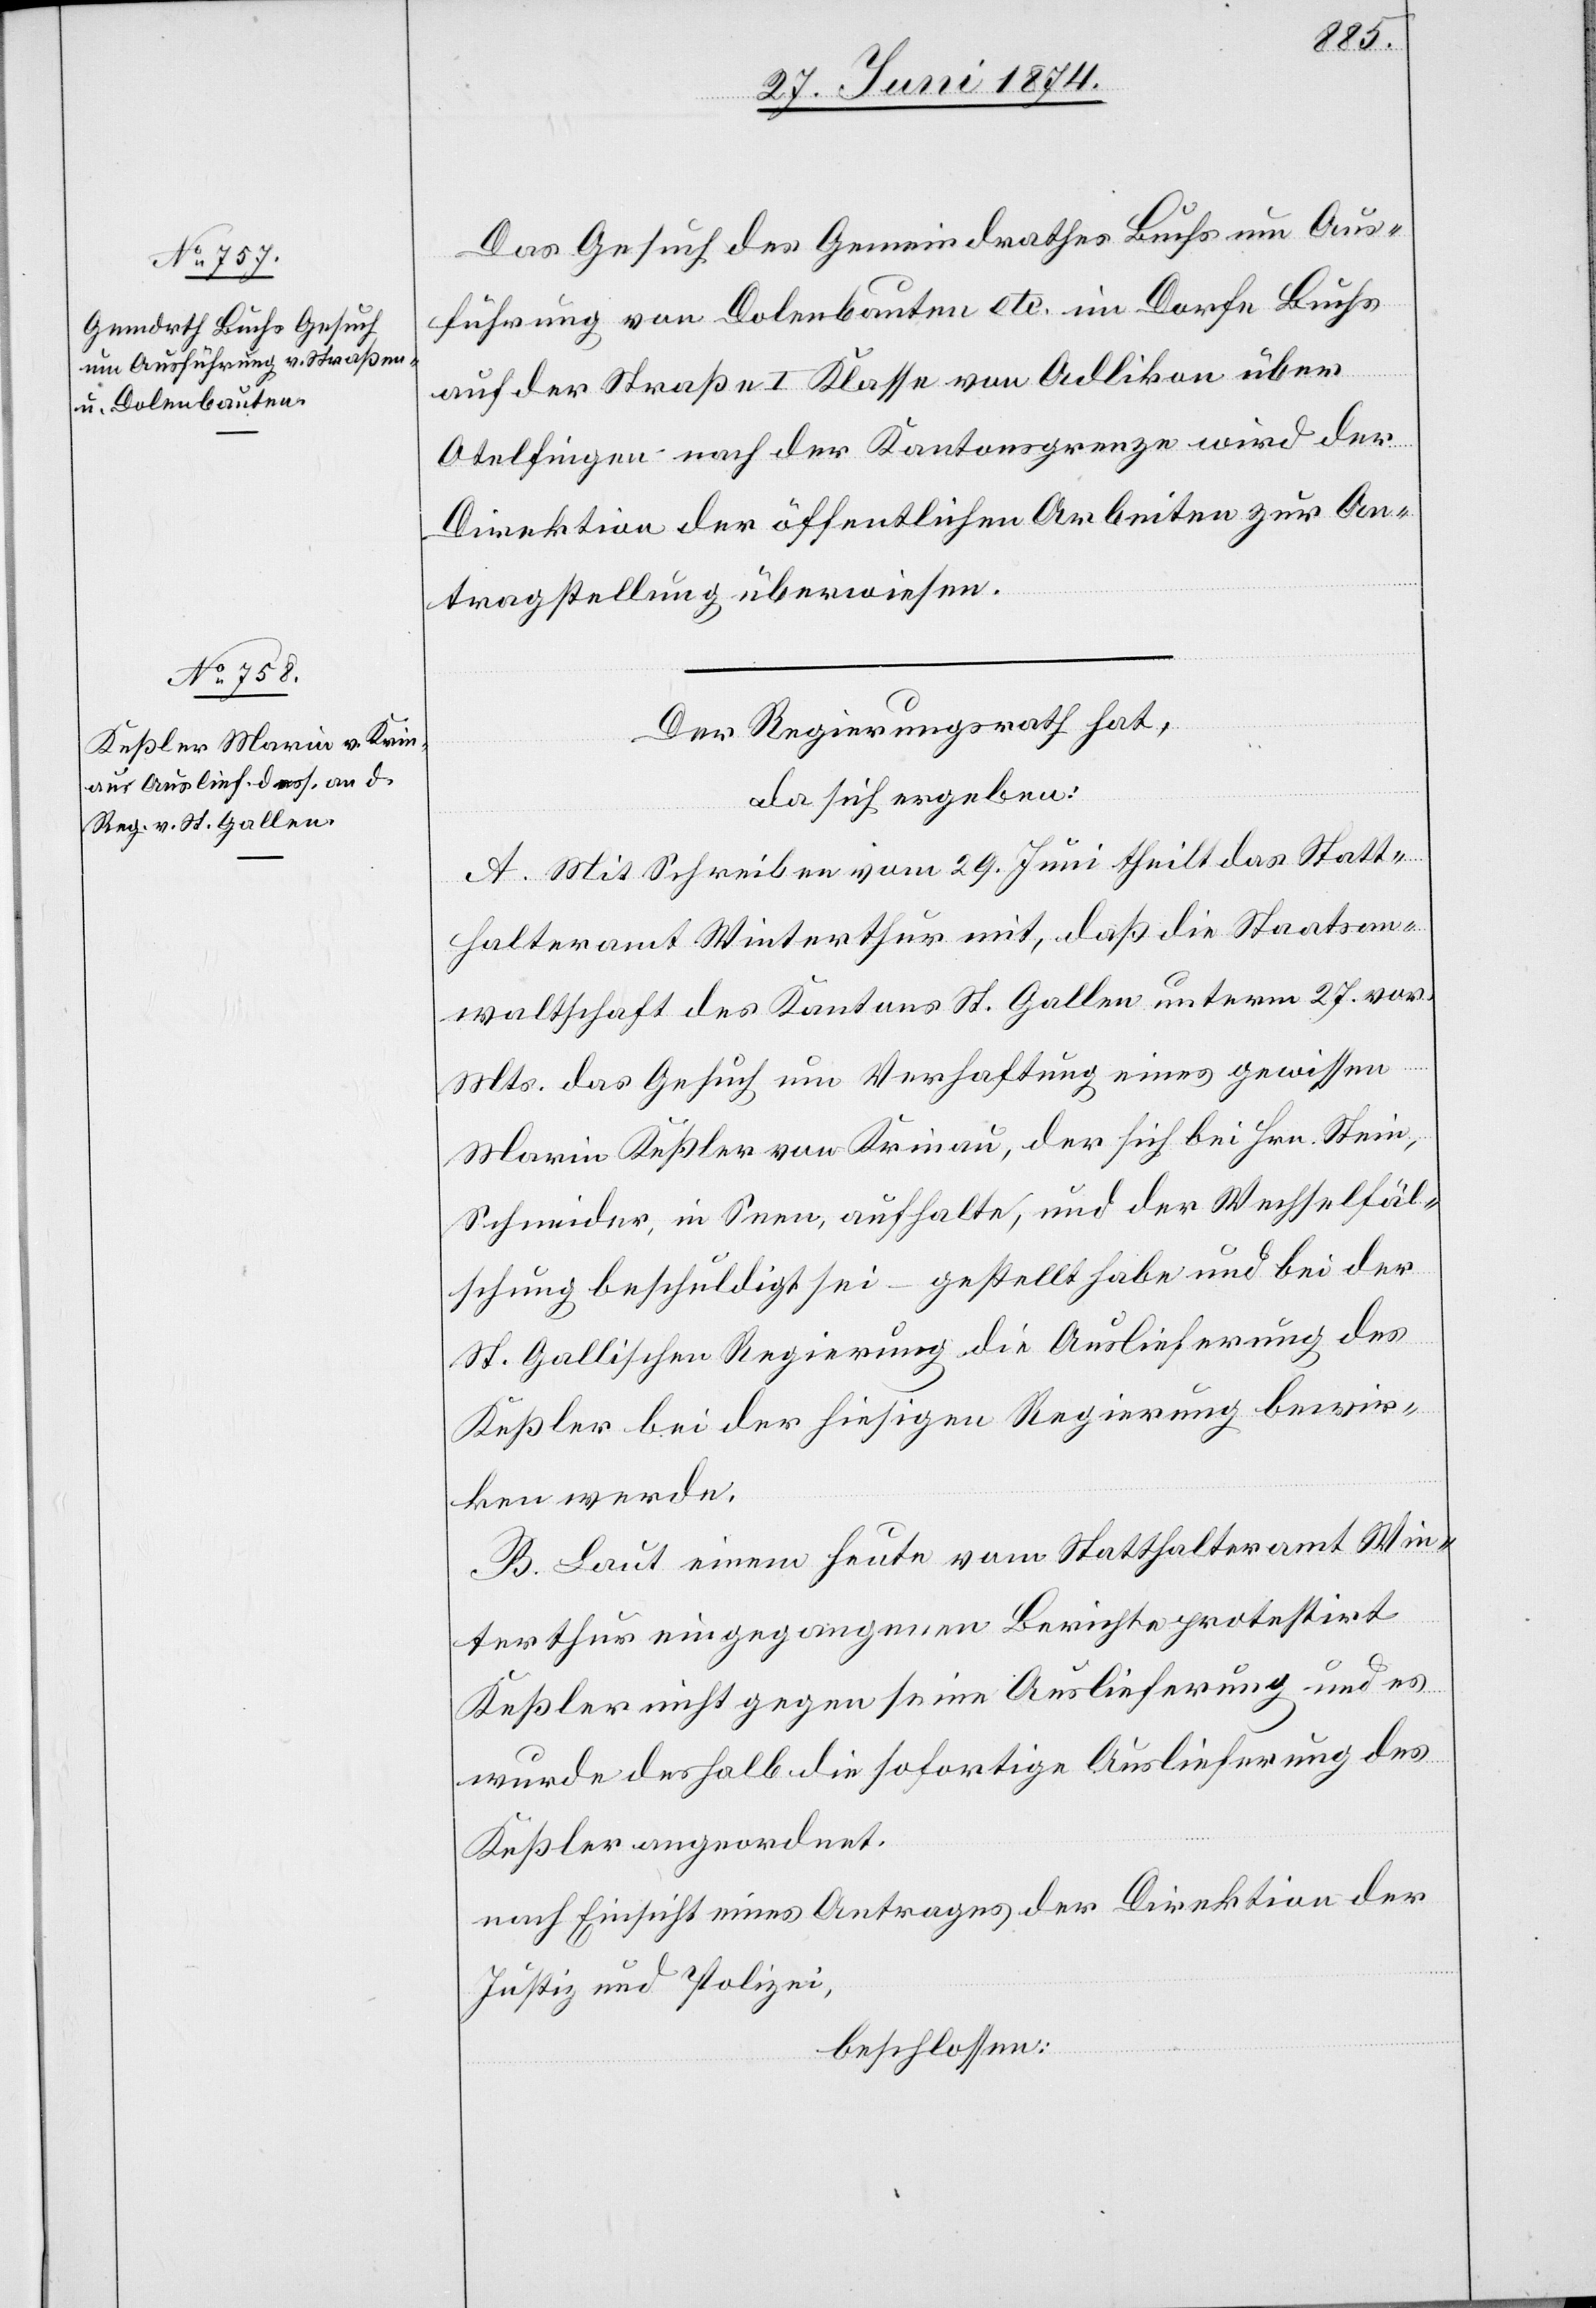
2. Juli 1874.]
Das Gesuch des Gemeindrathes Buchs um Aus¬
führung von Dolenbauten etc. im Dorfe Buchs
auf der Straße I. Klasse von Adlikon über
Otelfingen nach der Kantonsgrenze wird der
Direktion der öffentlichen Arbeiten zur An¬
tragstellung überwiesen.
Der Regierungsrath hat,
da sich ergeben:
A. Mit Schreiben vom 29. Juni theilt das Statt¬
halteramt Winterthur mit, daß die Staatsan¬
waltschaft des Kantons St. Gallen unterm 27. vor.
Mts. das Gesuch um Verhaftung eines gewissen
Marin Keßler von Krinau, der sich bei Hrn. Stein,
Schneider, in Seen, aufhalte, und der Wechselfäl¬
schung beschuldigt sei – gestellt habe und bei der
St. Gallischen Regierung die Auslieferung des
Keßler bei der hiesigen Regierung bewir¬
ken werde.
B. Laut einem heute vom Statthalteramt Win¬
terthur eingegangenen Berichte protestirt
Keßler nicht gegen seine Auslieferung und es
wurde deshalb die sofortige Auslieferung des
Keßler angeordnet.
nach Einsicht eines Antrages der Direktion der
Justiz und Polizei,
beschlossen: